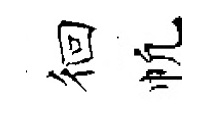
徊帆